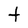
Character: t